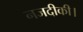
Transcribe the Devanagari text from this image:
नजदीकी।